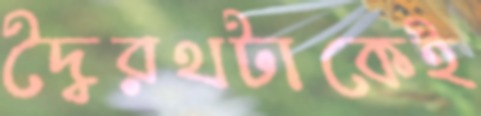
দ্বৈরথটাকেই